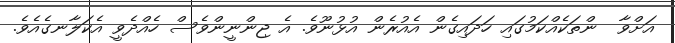
އަށްވާ  ންތަކެއްކަމުގައި ހަދައިގެން އެއުރެން އުޅުނޫވެ. އެ ޖިންނީންވެސް ހެއްދެވީ އެކަލާނގެއެވެ.